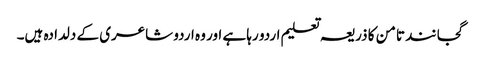
گجانند تامن کا ذریعہ تعلیم اردو رہا ہے اور وہ اردو شاعری کے دلدادہ ہیں۔